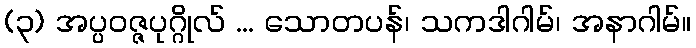
(၃) အပ္ပဝဇ္ဇပုဂ္ဂိုလ် ... သောတပန်၊ သကဒါဂါမ်၊ အနာဂါမ်။